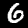
Digit: 6